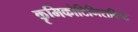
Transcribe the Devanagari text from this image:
कृमिकोटिभिराविष्टं